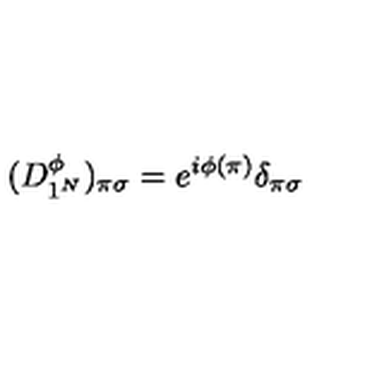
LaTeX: ( D _ { 1 ^ { N } } ^ { \phi } ) _ { \pi \sigma } = e ^ { i \phi ( \pi ) } \delta _ { \pi \sigma }